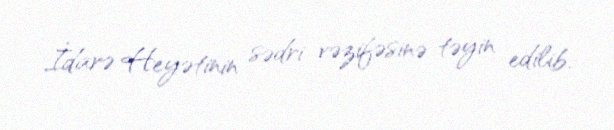
İdarə Heyətinin sədri vəzifəsinə təyin edilib.